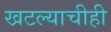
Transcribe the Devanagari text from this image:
खटल्याचीही